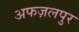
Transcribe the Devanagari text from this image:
अफज़लपुर